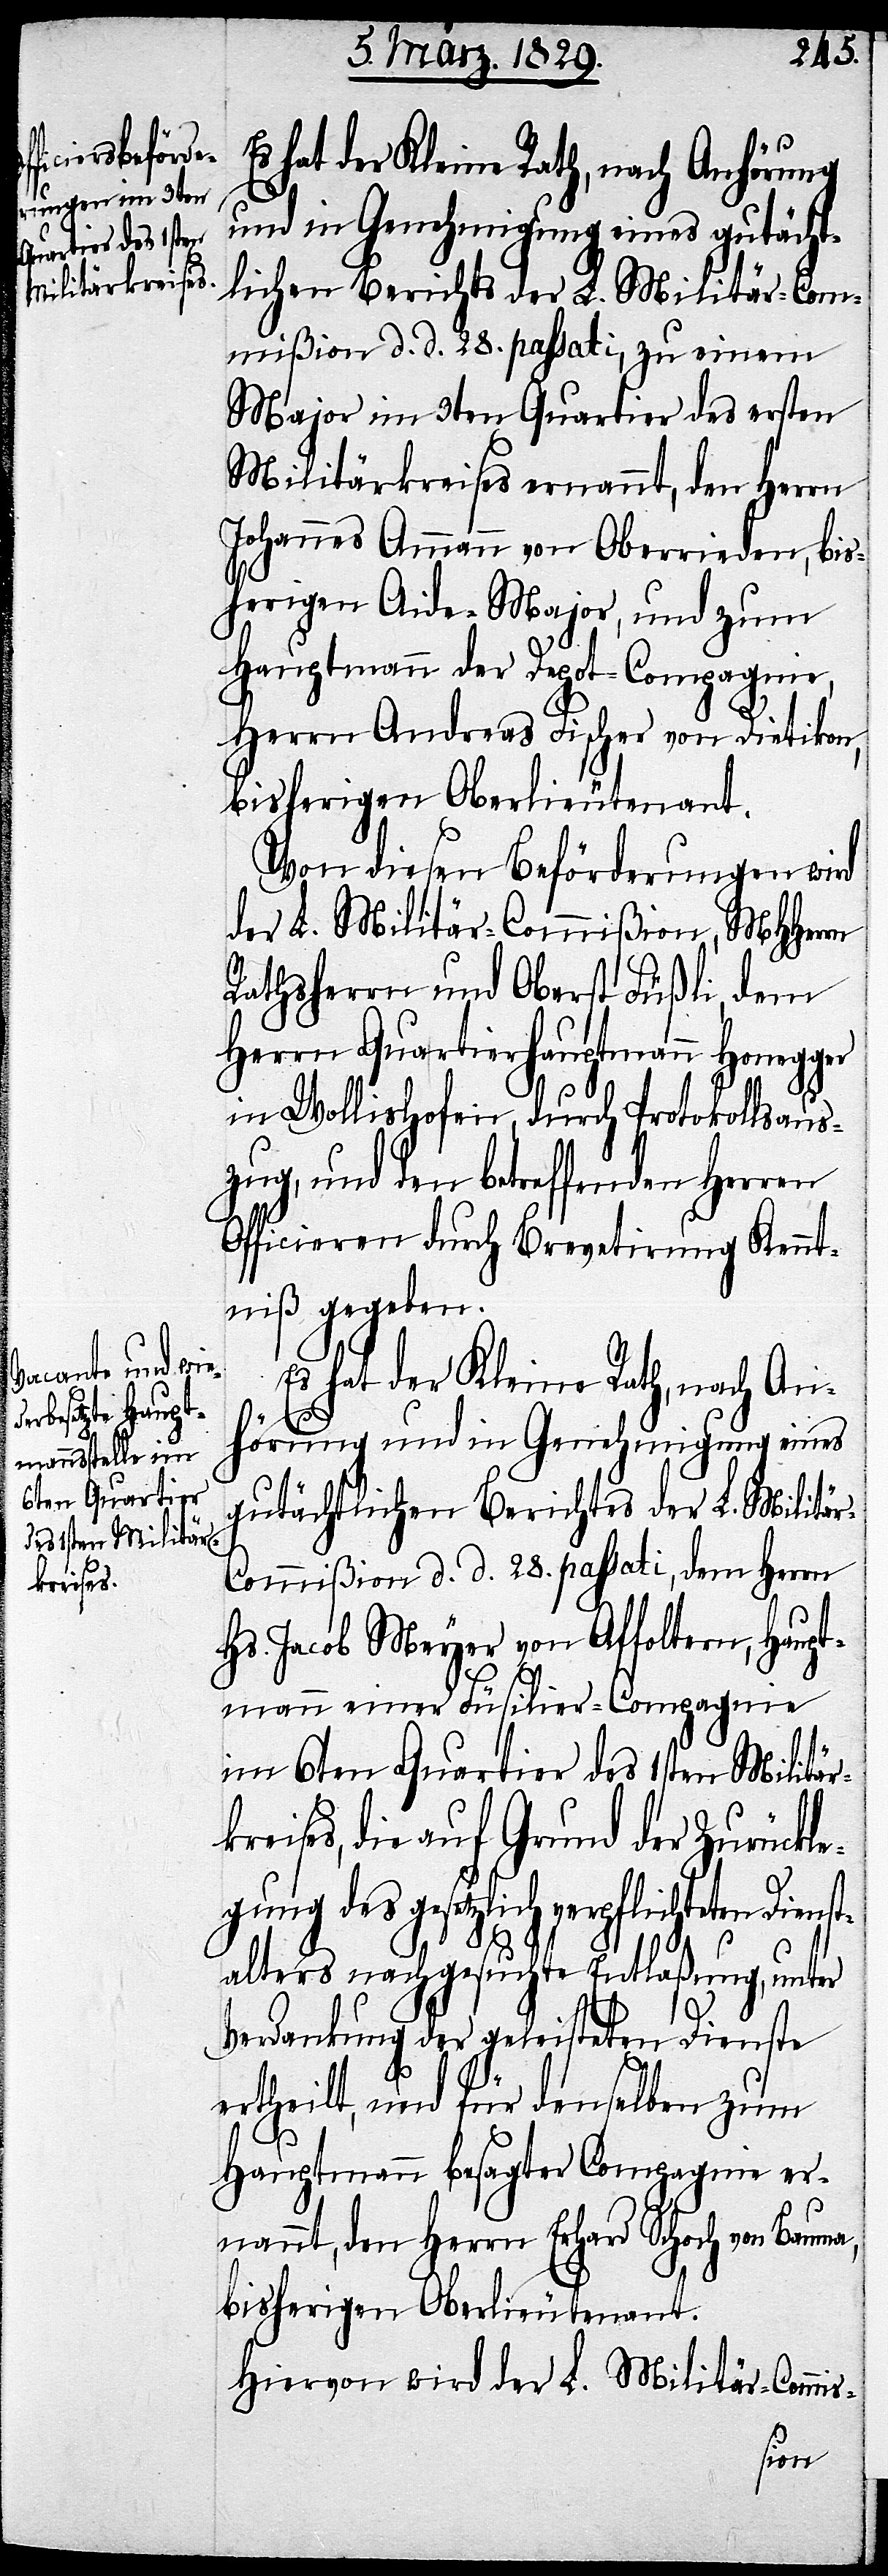
hteten Dienst¬
6ten Quartier
des 1sten Militärk¬

Es hat der Kleine Rath, nach Anhörung
und in Genehmigung eines gutächt¬
lichen Berichtes der L. Militär-C¬
mißion d. d. 28. passati, zu einem
Major im 3ten Quartier des ersten
Militärkreises ernannt, den Herrn
Johannes Ammann von Oberrieden, bis¬
herigen Aide-Major, und zum
Hauptmann der Depot-Compagnie,
Herrn Andreas Fischer von Dietikon,
bisherigen Oberlieutenant.
Von diesen Beförderungen wird
der L. Militär-Commißion, MHHerrn
Rathsherrn und Oberst Füßli, dem
Herrn Quartierhauptmann Honegger
in Wollishofen, durch Protokollsaus¬
zug, und den betreffenden Herrn
Officieren durch Brevetirung Kennt¬
niß gegeben.
ommißion d. d. 28. passati, dem Herrn
Hs. Jacob Meyer von Affoltern, Haupt¬
mann einer Füsilier-Compagnie
reises, die auf Grund der Zurückle¬
gung des gesetzlich verpflic¬
alters nachgesuchte Entlaßung, unter
Verdankung der geleisteten Dienste
ertheilt, und für denselben zum
Hauptmann besagter Compagnie er¬
nannt, den Herrn Erhard Schoch von Bauma,
bisherigen Oberlieutenant.
Hiervon wird der L. Militär-Commis-